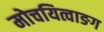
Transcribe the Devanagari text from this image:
मोचयित्वाङग